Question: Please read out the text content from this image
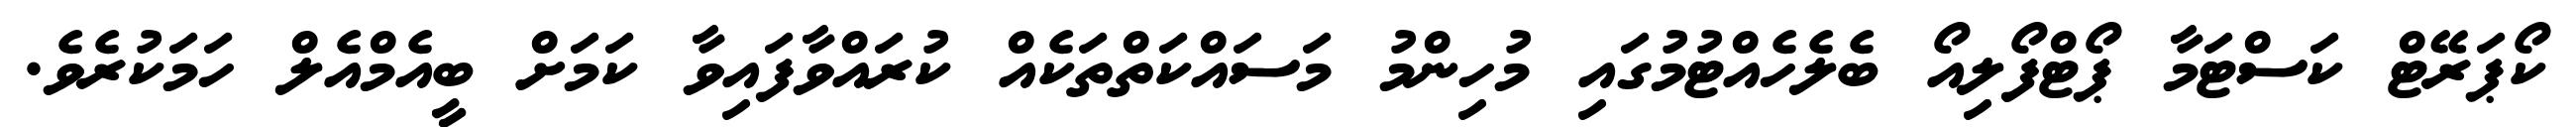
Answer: ކޯޕަރޭޓް ކަސްޓަމާ ޕޯޓްފޯލިއޯ ބެލެހެއްޓުމުގައި މުހިންމު މަސައްކަތްތަކެއް ކުރައްވާފައިވާ ކަމަށް ބީއެމްއެލް ހަމަކުރެވެ.